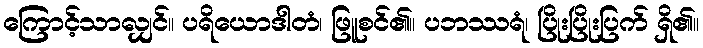
ကြောင့်သာလျှင်။ ပရိယောဒါတံ၊ ဖြူစင်၏။ ပဘဿရံ၊ ပြိုးပြိုးပြက် ရှိ၏။